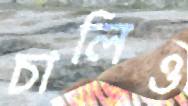
চালিও